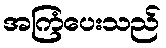
အကြံပေးသည်